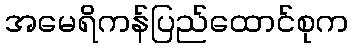
အမေရိကန်ပြည်ထောင်စုက